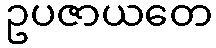
ဥပဇာယတေ